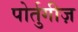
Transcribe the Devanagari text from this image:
पोर्तुगीज़